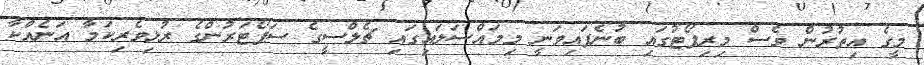
މީގެ އިތުރުން ވެސް މިރިޕޯޓުގައި ބުނެފައިވަނީ މިމައްސަލައިގައި ޗެލްސީގެ ސަޕޯޓަރުންގެ ރުޅިވެރިކަމާ އަނެއްކާ